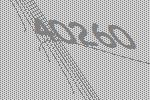
40260